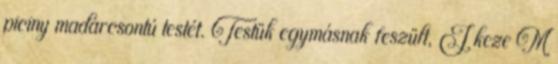
piciny madárcsontú testét. Testük egymásnak feszült, J keze M